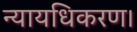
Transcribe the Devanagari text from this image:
न्यायधिकरण।